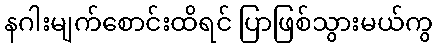
နဂါးမျက်စောင်းထိရင် ပြာဖြစ်သွားမယ်ကွ